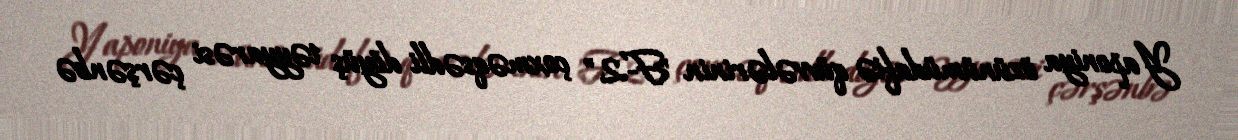
Yaponiya özünümüdafiə qüvvələrinin "F-2" çoxməqsədli döyüş təyyarəsi çərşənbə